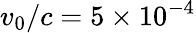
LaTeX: v_{0}/c=5\times 10^{-4}